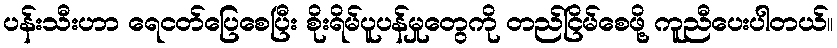
ပန်းသီးဟာ ရေငတ်ပြေစေပြီး စိုးရိမ်ပူပန်မှုတွေကို တည်ငြိမ်စေဖို့ ကူညီပေးပါတယ်။